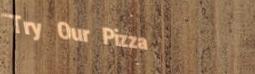
Try Our Pizza